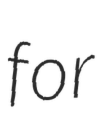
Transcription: for